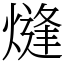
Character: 熢